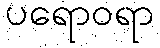
ပရောဝရာ